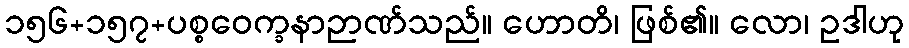
၁၅၆+၁၅၇+ပစ္စဝေက္ခနာဉာဏ်သည်။ ဟောတိ၊ ဖြစ်၏။ လော၊ ဥဒါဟု